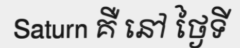
Saturn គឺ នៅ ថ្ងៃទី